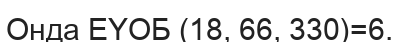
Онда ЕҮОБ (18, 66, 330)=6.